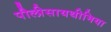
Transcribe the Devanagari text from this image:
पौलीसायथीमिया